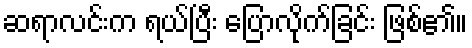
ဆရာလင်းက ရယ်ပြီး ပြောလိုက်ခြင်း ဖြစ်၏။